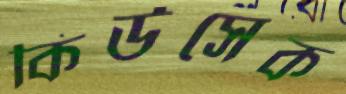
কিউসেক